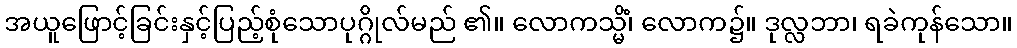
အယူဖြောင့်ခြင်းနှင့်ပြည့်စုံသောပုဂ္ဂိုလ်မည် ၏။ လောကသ္မိံ၊ လောက၌။ ဒုလ္လဘာ၊ ရခဲကုန်သော။